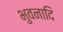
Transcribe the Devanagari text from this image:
भुवनादि